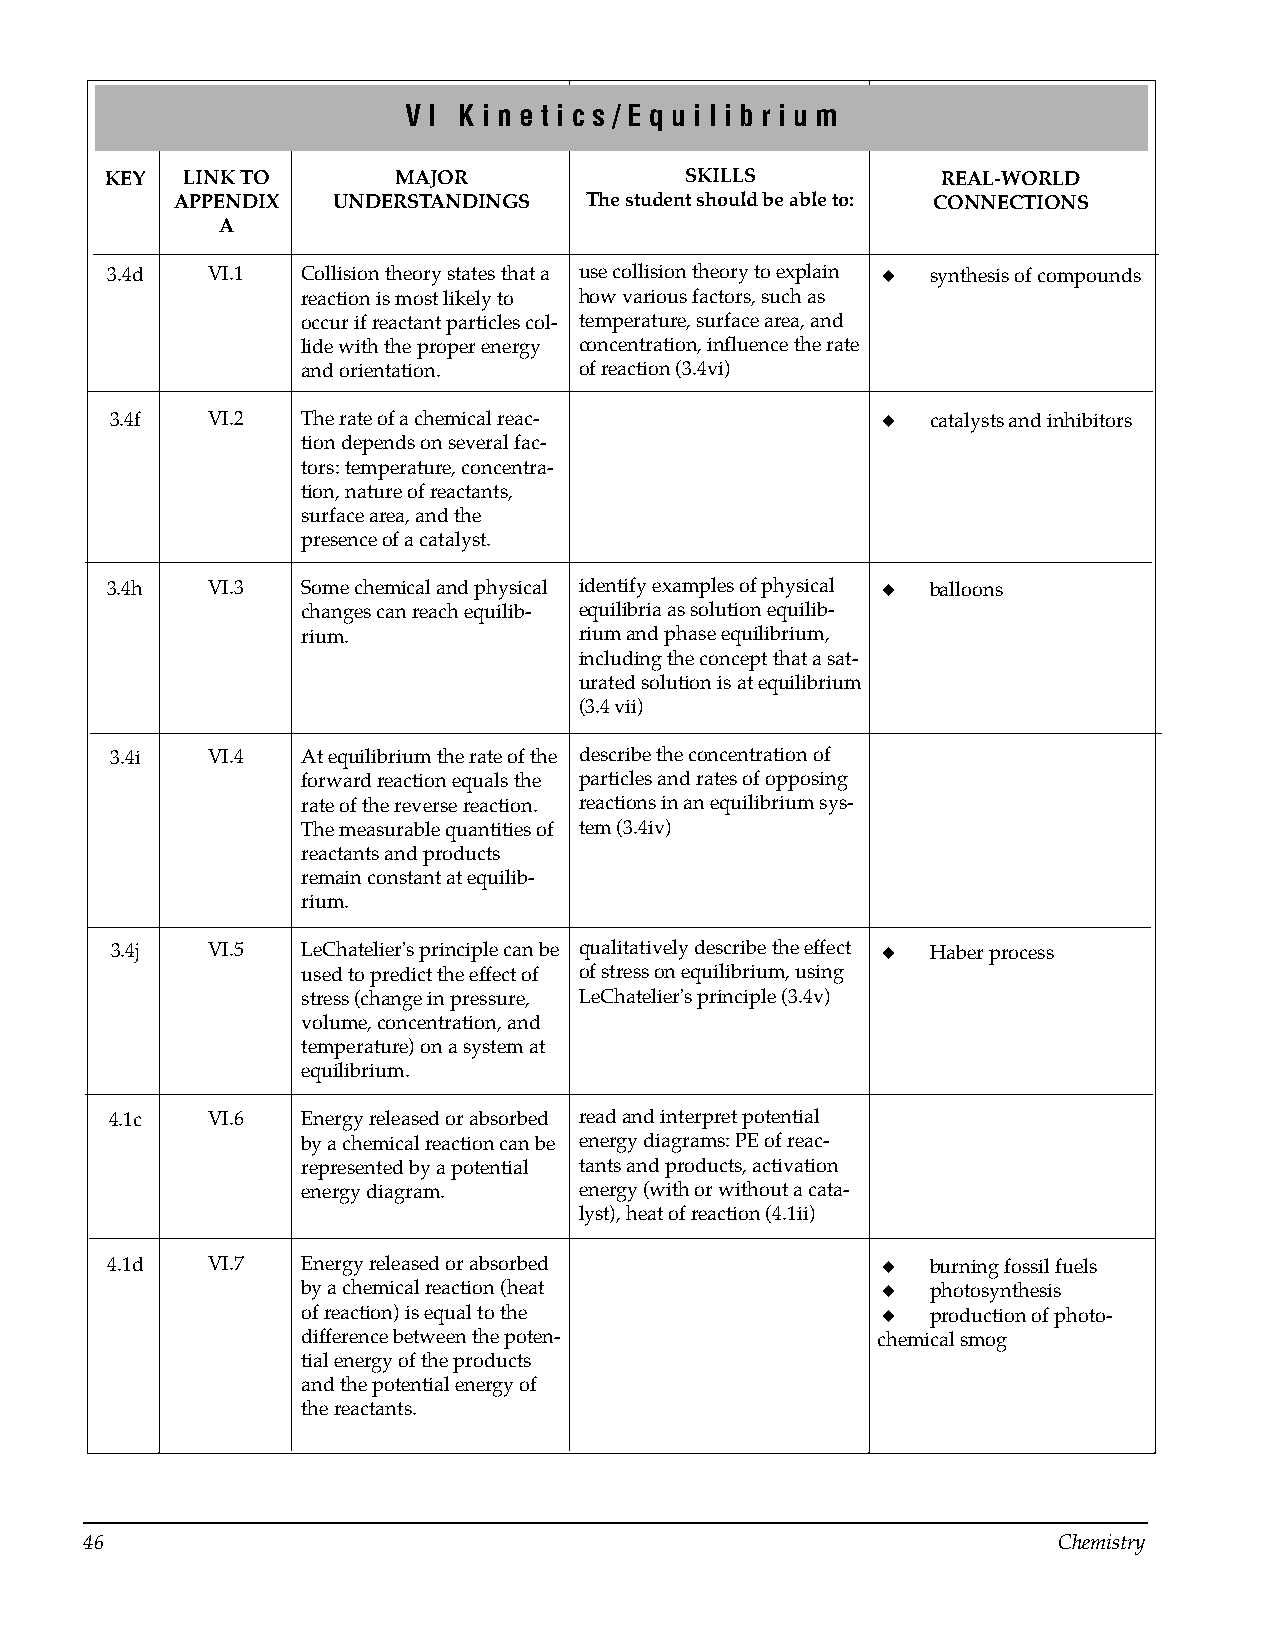
V I K i n e t i c s / E q u i l i b r i u m
 KEY  LINK TO       MAJOR              SKILLS           REAL-WORLD
 APPENDIX   UNDERSTANDINGS   The student should be able to: CONNECTIONS
 A
 3.4d   VI.1  Collision theory states that a use collision theory to explain ◆ synthesis of compounds
 reaction is most likely to how various factors, such as
 occur if reactant particles col­ temperature, surface area, and
 lide with the proper energy concentration, influence the rate
 and orientation.  of reaction (3.4vi)
 3.4f   VI.2  The rate of a chemical reac­          ◆   catalysts and inhibitors
 tion depends on several fac­
 tors: temperature, concentra­
 tion, nature of reactants,
 surface area, and the
 presence of a catalyst.
 3.4h   VI.3  Some chemical and physical identify examples of physical ◆ balloons
 changes can reach equilib­ equilibria as solution equilib­
 rium.             rium and phase equilibrium,
 including the concept that a sat­
 urated solution is at equilibrium
 (3.4 vii)
 3.4i   VI.4  At equilibrium the rate of the describe the concentration of
 forward reaction equals the particles and rates of opposing
 rate of the reverse reaction. reactions in an equilibrium sys­
 The measurable quantities of tem (3.4iv)
 reactants and products
 remain constant at equilib­
 rium.
 3.4j   VI.5  LeChatelier's principle can be qualitatively describe the effect ◆ Haber process
 used to predict the effect of of stress on equilibrium, using
 stress (change in pressure, LeChatelier's principle (3.4v)
 volume, concentration, and
 temperature) on a system at
 equilibrium.
 4.1c   VI.6  Energy released or absorbed read and interpret potential
 by a chemical reaction can be energy diagrams: PE of reac­
 represented by a potential tants and products, activation
 energy diagram.   energy (with or without a cata­
 lyst), heat of reaction (4.1ii)
 4.1d   VI.7  Energy released or absorbed           ◆   burning fossil fuels
 by a chemical reaction (heat          ◆   photosynthesis
 of reaction) is equal to the          ◆   production of photo­
 difference between the poten­         chemical smog
 tial energy of the products
 and the potential energy of
 the reactants.
 46                                                              Chemistry